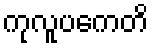
ကုလူပကေတိ